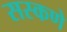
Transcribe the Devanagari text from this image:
सस्कणे